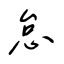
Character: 怠